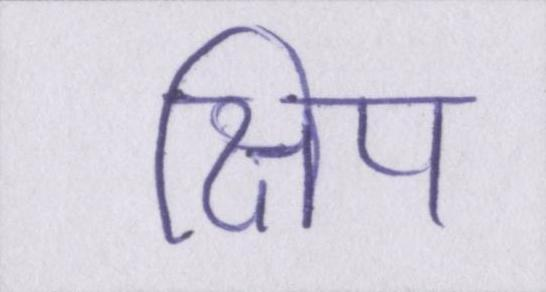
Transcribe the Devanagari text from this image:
क्षिप